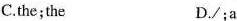
C.the;the D./;a